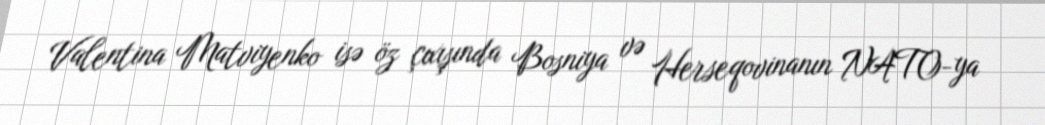
Valentina Matviyenko isə öz çıxışında Bosniya və Herseqovinanın NATO-ya